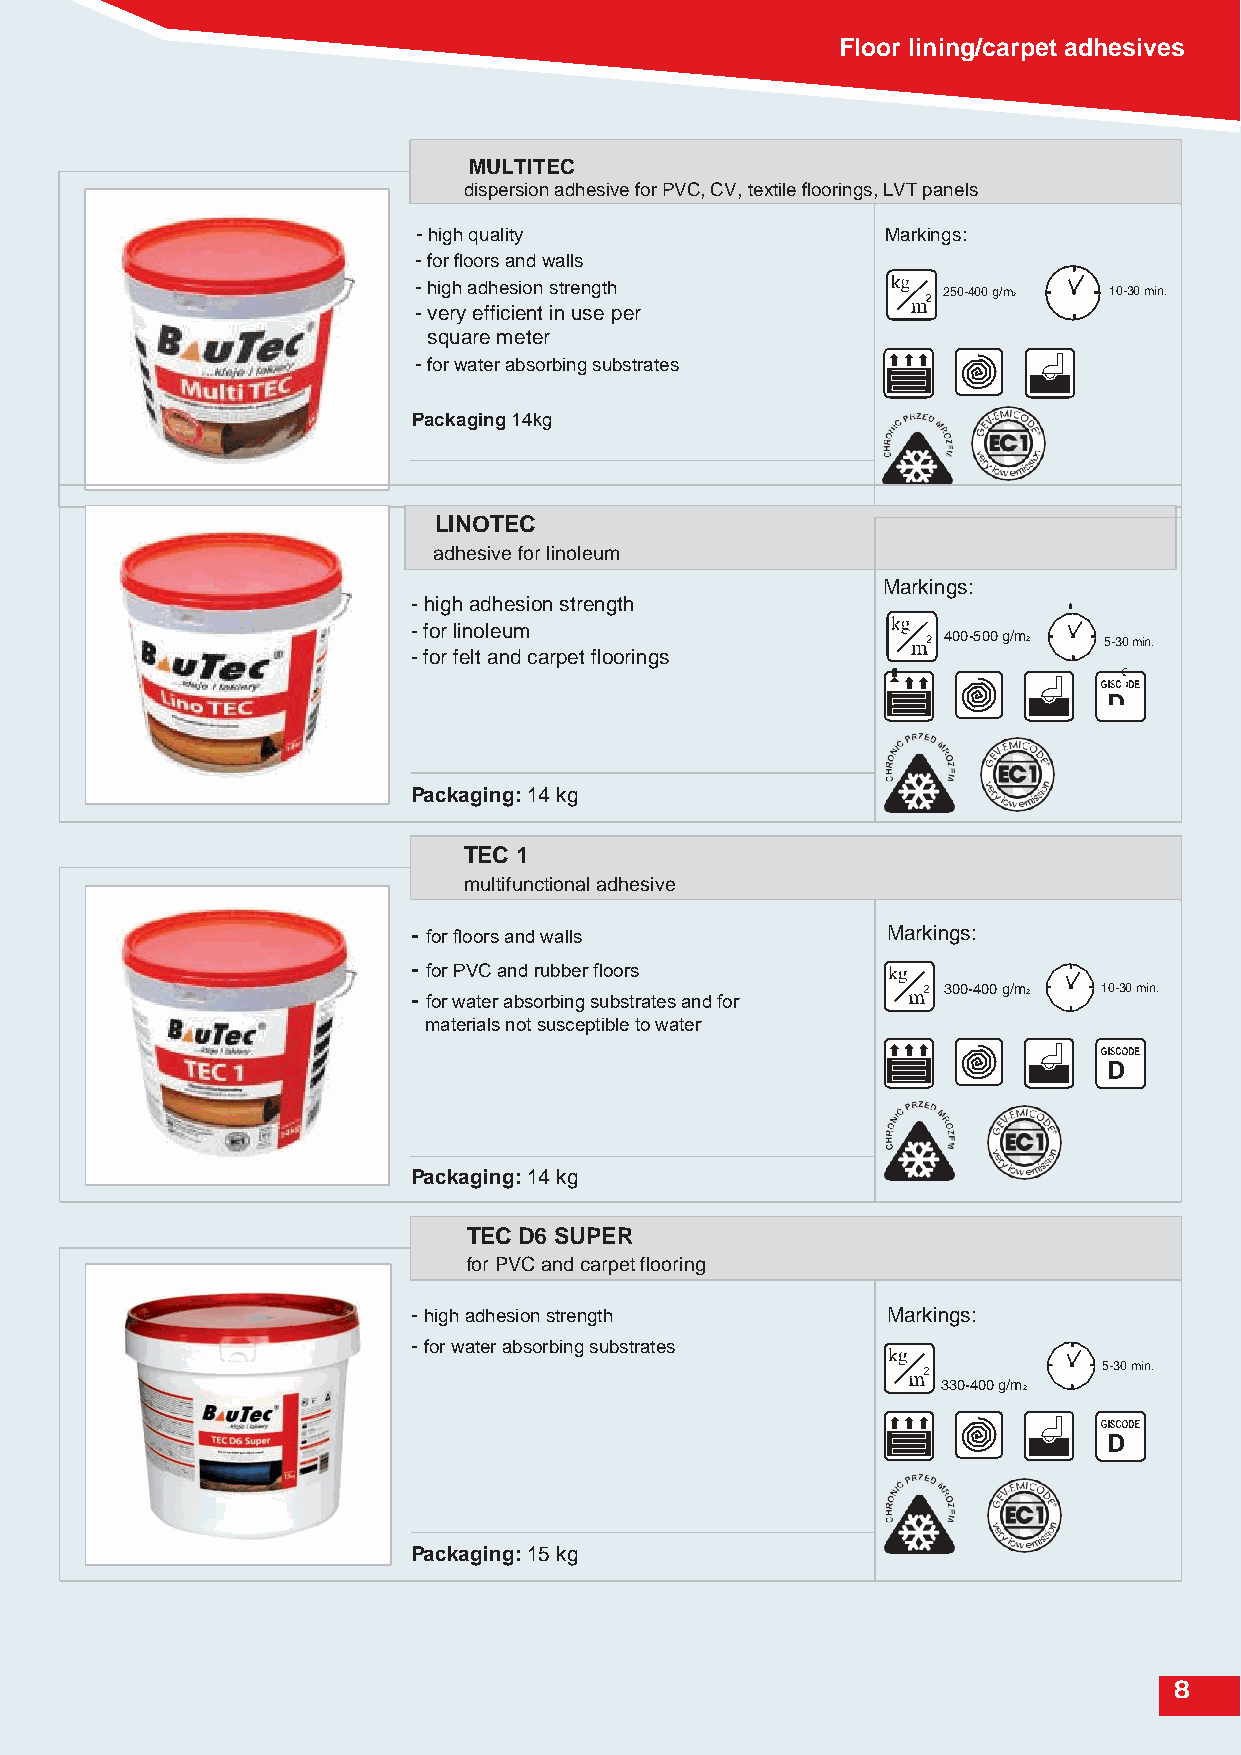
Floor lining/carpet adhesives
 MULTITEC
 dispersion adhesive for PVC, CV, textile floorings, LVT panels
 -high quality                  Markings:
 -for floors and walls
 -high adhesion strength            250-400 g/m2 10-30 min.
 -very efficient in use per
 square meter
 -for water absorbing substrates
 Packaging 14kg
 LINOTEC
 adhesive for linoleum
 Markings:
 -high adhesion strength
 -for linoleum
 400-500 g/m2 5-30 min.
 -for felt and carpet floorings
 D
 Packaging: 14 kg
 TEC 1
 multifunctional adhesive
 - for floors and walls          Markings:
 - for PVC and rubber floors
 - for water absorbing substrates and for
 300-400 g/m2 10-30 min.
 materials not susceptible to water
 D
 Packaging: 14 kg
 TEC D6 SUPER
 for PVC and carpet flooring
 -high adhesion strength         Markings:
 -for water absorbing substrates
 5-30 min.
 330-400 g/m2
 D
 Packaging: 15 kg
 88